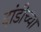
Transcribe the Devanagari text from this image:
दांडीच्या